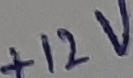
Text: +12V